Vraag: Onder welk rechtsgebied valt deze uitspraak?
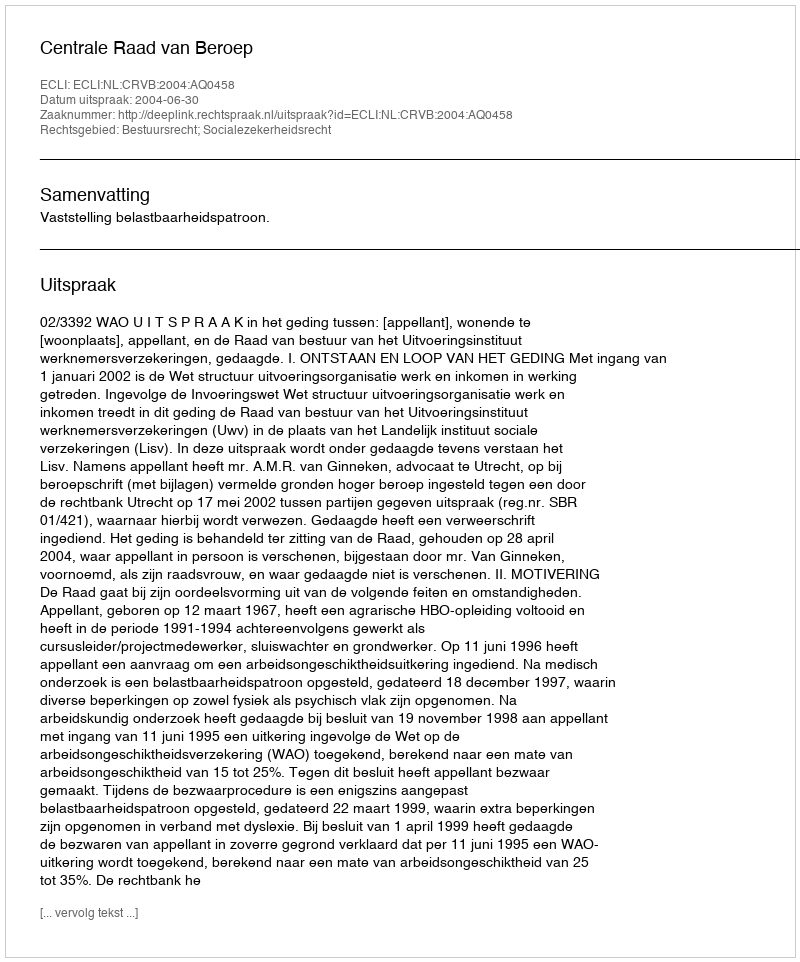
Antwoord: Bestuursrecht; Socialezekerheidsrecht